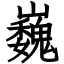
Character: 巍